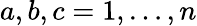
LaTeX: a,b,c=1,\dots,n